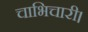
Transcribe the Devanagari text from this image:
चाभिचारी।